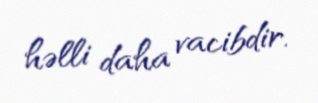
həlli daha vacibdir.